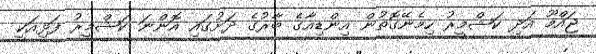
ޖައްމޫ އަދި ކަޝްމީރު ހިމެނޭގޮތުން އިންޑިއާގެ ބާރުގެ ދަށުގައި އޮންނަ ކަޝްމީރު ފަޅިއަކީ